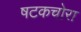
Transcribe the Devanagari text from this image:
षटकचोरा